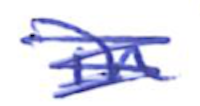
Text: in
Cross-out: scratch
Writing tool: ballpoint